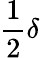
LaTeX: \frac 12\delta